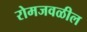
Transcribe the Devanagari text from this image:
रोमजवळील